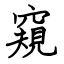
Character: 窺